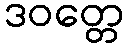
ဒဝတ္တေ